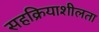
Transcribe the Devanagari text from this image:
सहक्रियाशीलता